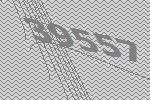
39557